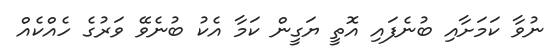
ނުވާ ކަމަށާއި ބުނެފައި އޮތީ ޔަގީން ކަމާ އެކު ބުނެވޭ ވަރުގެ ހެއްކެއް